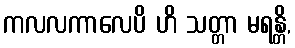
ကလလကာလေပိ ဟိ သတ္တာ မရန္တိ,